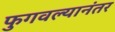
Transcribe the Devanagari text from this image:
फुगवल्यानंतर